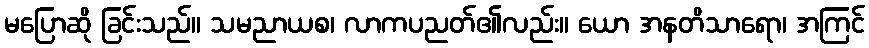
မပြောဆို ခြင်းသည်။ သမညာယစ၊ လာကပညတ်၏လည်း။ ယော အနတိသာရော၊ အကြင်